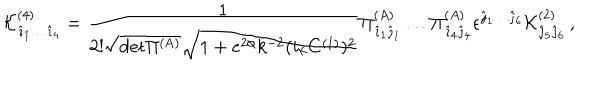
{ \cal K } _ { { \hat { \imath } } _ { 1 } \dots { \hat { \imath } _ { 4 } } } ^ { ( 4 ) } = { \frac { 1 } { 2 ! \sqrt { \mathrm { d e t \Pi ^ { ( A ) } } } \sqrt { 1 + e ^ { 2 \phi } k ^ { - 2 } ( i _ { k } C ^ { ( 1 ) } ) ^ { 2 } } } } \Pi _ { { \hat { \imath } } _ { 1 } { \hat { \jmath } } _ { 1 } } ^ { ( A ) } \dots \Pi _ { { \hat { \imath } } _ { 4 } { \hat { \jmath } } _ { 4 } } ^ { ( A ) } \epsilon ^ { { \hat { \jmath } } _ { 1 } \dots { \hat { \jmath } } _ { 6 } } { \cal K } _ { { \hat { \jmath } } _ { 5 } { \hat { \jmath } } _ { 6 } } ^ { ( 2 ) } \, ,